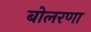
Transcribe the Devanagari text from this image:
बोलरणा